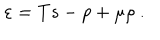
\varepsilon = T s - p + \mu \rho \ .